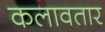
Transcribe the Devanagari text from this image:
कलावतार